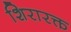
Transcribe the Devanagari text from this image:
शिरारक्त